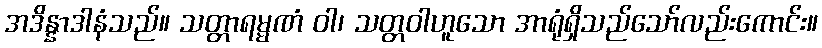
အဒိန္နာဒါနံသည်။ သတ္တာရမ္မဏံ ဝါ၊ သတ္တဝါဟူသော အာရုံရှိသည်သော်လည်းကောင်း။